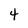
Character: 4